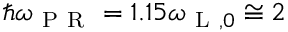
\hbar \omega _ { \mathrm { ~ P ~ R ~ } } = 1 . 1 5 \omega _ { \mathrm { ~ L ~ } , 0 } \cong 2